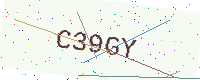
Text: C39GY